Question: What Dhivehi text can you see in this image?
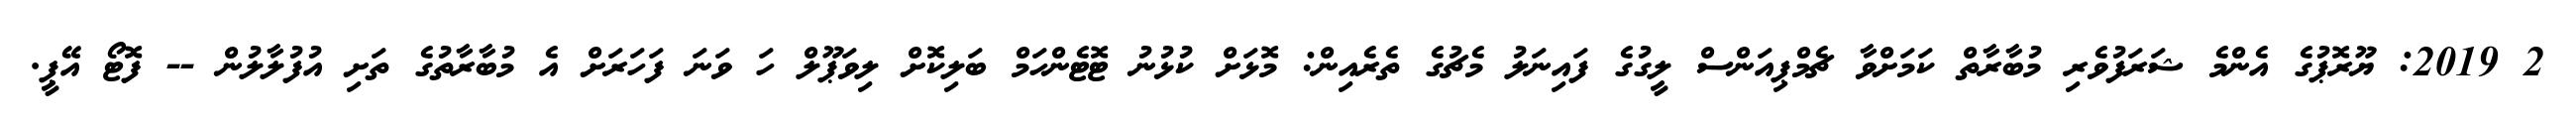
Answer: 2 2019: ޔޫރޮޕުގެ އެންމެ ޝަރަފުވެރި މުބާރާތް ކަމަށްވާ ޗެމްޕިއަންސް ލީގުގެ ފައިނަލު މެޗުގެ ތެރެއިން: މޮޅަށް ކުޅުނު ޓޮޓެންހަމް ބަލިކޮށް ލިވަޕޫލް ހަ ވަނަ ފަހަރަށް އެ މުބާރާތުގެ ތަށި އުފުލާލުން -- ފޮޓޯ އޭޕީ.